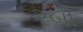
રબી